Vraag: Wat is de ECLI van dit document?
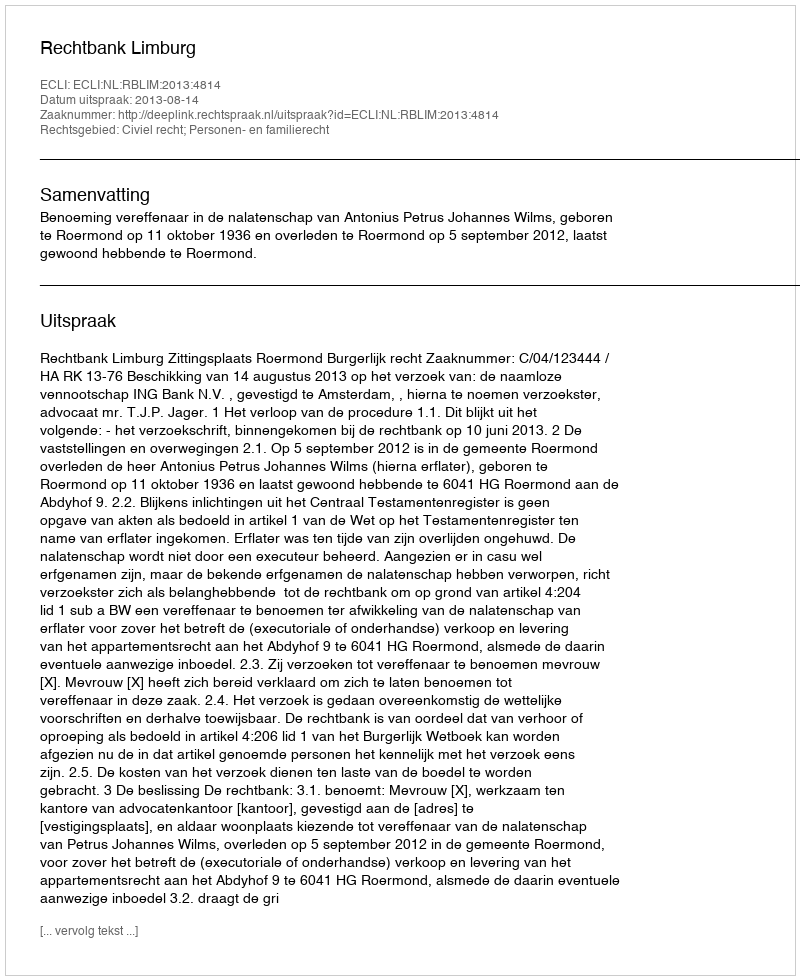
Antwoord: ECLI:NL:RBLIM:2013:4814